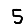
Digit: 5